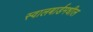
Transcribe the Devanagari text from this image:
स्वालबार्डमधील